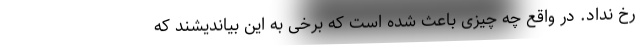
رخ نداد. در واقع چه چیزی باعث شده است که برخی به این بیاندیشند که